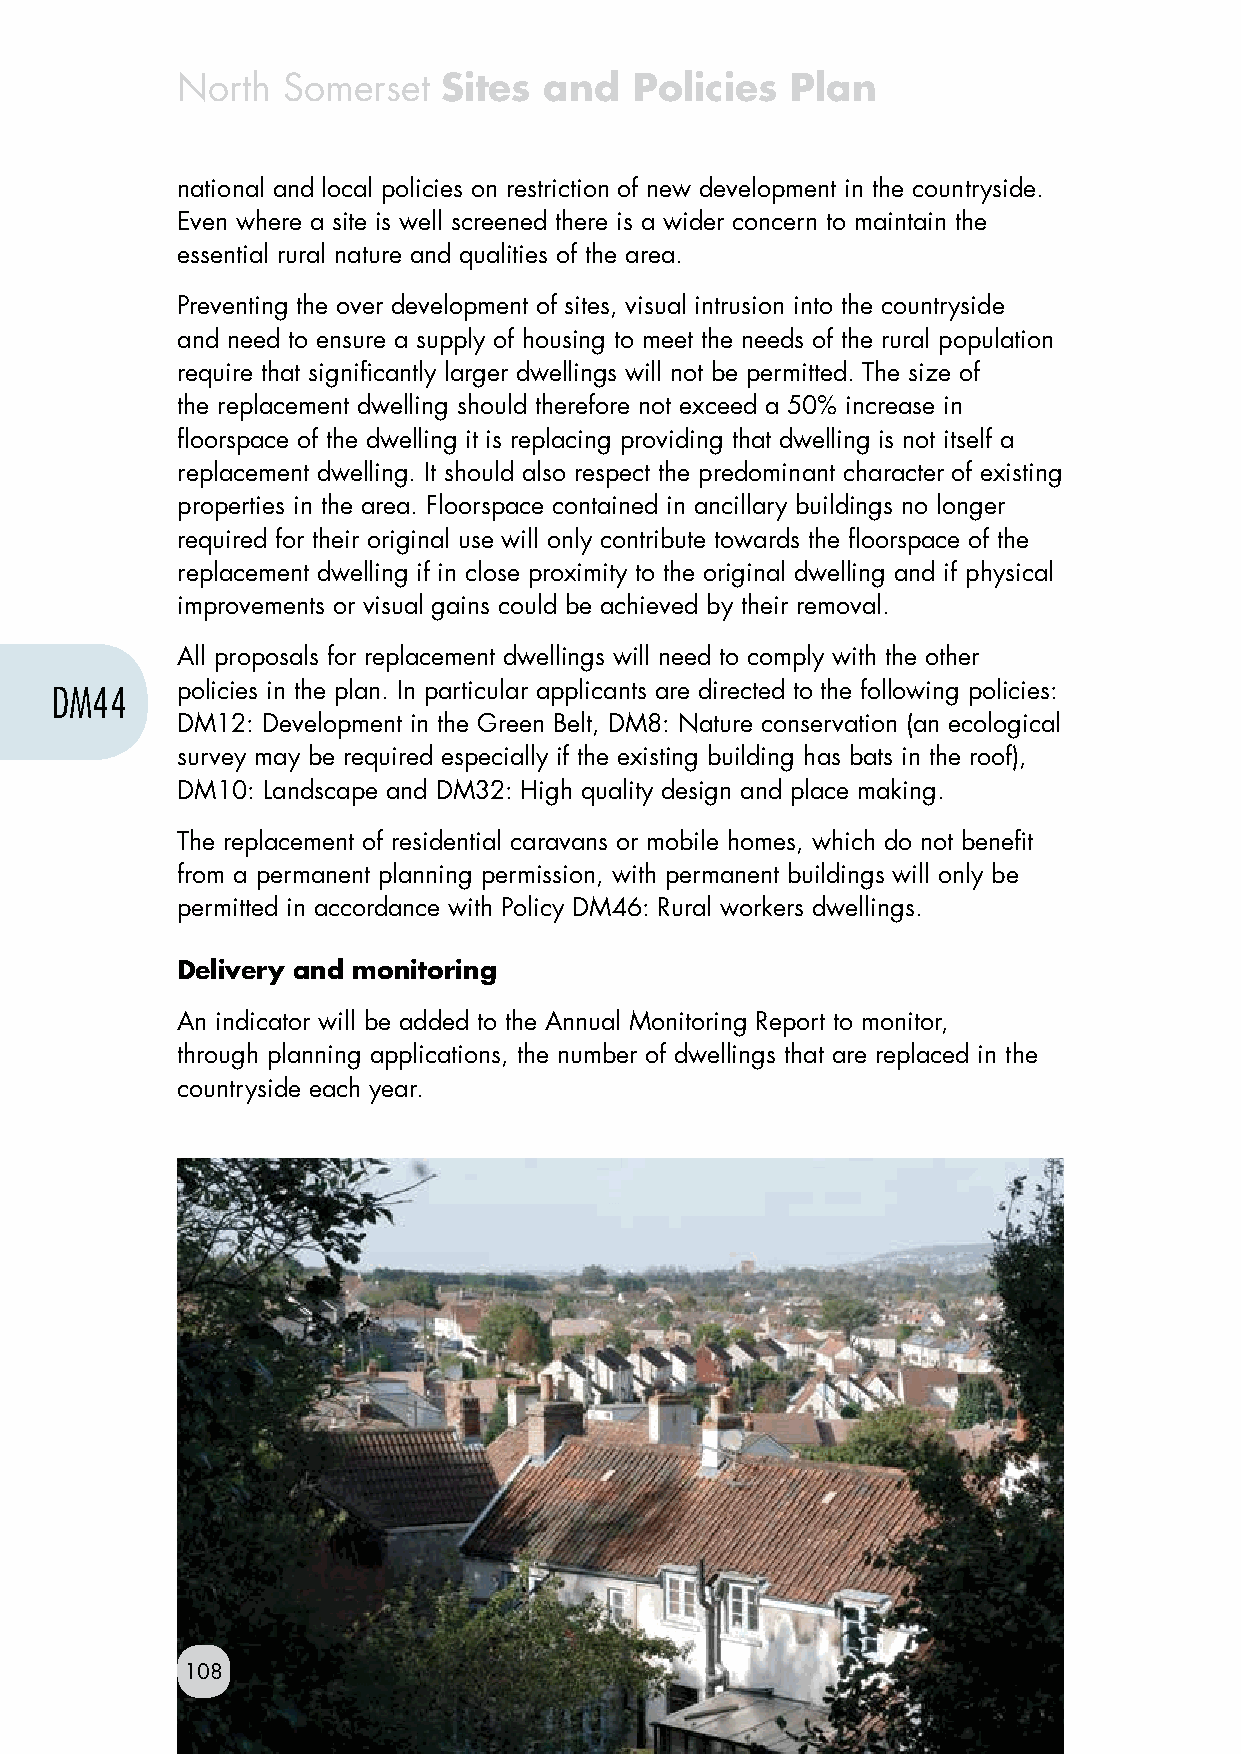
North  Somerset  Sites  and   Policies  Plan
 national and local policies on restriction of new development in the countryside.
 Even where a site is well screened there is a wider concern to maintain the
 essential rural nature and qualities of the area.
 Preventing the over development of sites, visual intrusion into the countryside
 and need to ensure a supply of housing to meet the needs of the rural population
 require that significantly larger dwellings will not be permitted. The size of
 the replacement dwelling should therefore not exceed a 50% increase in
 floorspace of the dwelling it is replacing providing that dwelling is not itself a
 replacement dwelling. It should also respect the predominant character of existing
 properties in the area. Floorspace contained in ancillary buildings no longer
 required for their original use will only contribute towards the floorspace of the
 replacement dwelling if in close proximity to the original dwelling and if physical
 improvements or visual gains could be achieved by their removal.
 All proposals for replacement dwellings will need to comply with the other
 DM44     policies in the plan. In particular applicants are directed to the following policies:
 DM12: Development in the Green Belt, DM8: Nature conservation (an ecological
 survey may be required especially if the existing building has bats in the roof),
 DM10: Landscape and DM32: High quality design and place making.
 The replacement of residential caravans or mobile homes, which do not benefit
 from a permanent planning permission, with permanent buildings will only be
 permitted in accordance with Policy DM46: Rural workers dwellings.
 Delivery and monitoring
 An indicator will be added to the Annual Monitoring Report to monitor,
 through planning applications, the number of dwellings that are replaced in the
 countryside each year.
 108